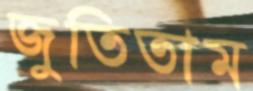
জুতিতাম